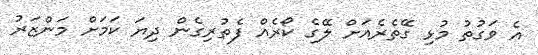
އެ ވަގުތު މުޅި ގޭތެރެއަށް ލޭގެ ކޯރެއް ފެތުރިގެން ދިޔަ ކަމަށް މަންޒަރު